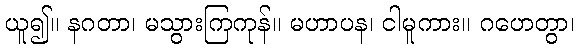
ယူ၍။ နဂတာ၊ မသွားကြကုန်။ မဟာပန၊ ငါမူကား။ ဂဟေတွာ၊